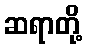
ဆရာတို့